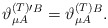
\begin{align*}\vartheta _{\mu A}^{{\footnotesize (T)}\prime }{}^{B}=\vartheta _{\mu A}^{{\footnotesize (T)}}{}^{B}. \end{align*}